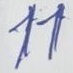
11